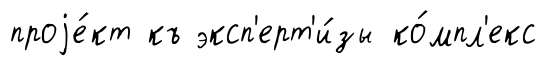
проjе́кт къ эксп'ерт'и́зы ко́мпл'екс